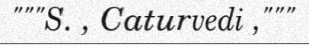
"""S. , Caturvedi ,"""